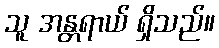
သူ အန္တရာယ် ရှိသည်။